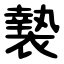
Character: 褺